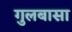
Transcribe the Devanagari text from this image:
गुलबासा